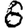
Digit: 6